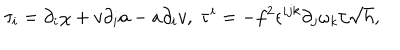
LaTeX: \tau _ { i } = \partial _ { i } \chi + v \partial _ { i } a - a \partial _ { i } v , \; \tau ^ { i } = - f ^ { 2 } \epsilon ^ { i j k } \partial _ { j } \omega _ { k } / \sqrt { h } ,